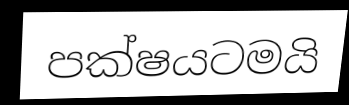
පක්ෂයටමයි